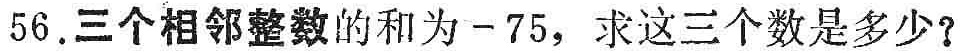
56.三个相邻整数的和为-75，求这三个数是多少？